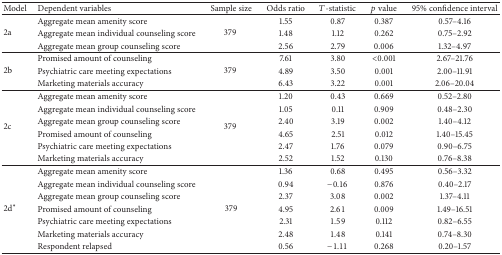
<table><thead><tr><td><b>Model</b></td><td><b>Dependent variables</b></td><td><b>Sample size</b></td><td><b>Odds ratio</b></td><td><b><i>T</i>-statistic</b></td><td><b><i>p</i> value</b></td><td><b>95% confidence interval</b></td></tr></thead><tbody><tr><td rowspan="3">2a </td><td>Aggregate mean amenity score</td><td rowspan="3">379 </td><td>1.55</td><td>0.87</td><td>0.387</td><td>0.57–4.16</td></tr><tr><td>Aggregate mean individual counseling score</td><td>1.48</td><td>1.12</td><td>0.262</td><td>0.75–2.92</td></tr><tr><td>Aggregate mean group counseling score</td><td>2.56</td><td>2.79</td><td>0.006</td><td>1.32–4.97</td></tr><tr><td rowspan="3">2b </td><td>Promised amount of counseling</td><td rowspan="3">379 </td><td>7.61</td><td>3.80</td><td>&lt;0.001</td><td>2.67–21.76</td></tr><tr><td>Psychiatric care meeting expectations</td><td>4.89</td><td>3.50</td><td>0.001</td><td>2.00–11.91</td></tr><tr><td>Marketing materials accuracy</td><td>6.43</td><td>3.22</td><td>0.001</td><td>2.06–20.04</td></tr><tr><td rowspan="6">2c </td><td>Aggregate mean amenity score</td><td rowspan="6">379 </td><td>1.20</td><td>0.43</td><td>0.669</td><td>0.52–2.80</td></tr><tr><td>Aggregate mean individual counseling score</td><td>1.05</td><td>0.11</td><td>0.909</td><td>0.48–2.30</td></tr><tr><td>Aggregate mean group counseling score</td><td>2.40</td><td>3.19</td><td>0.002</td><td>1.40–4.12</td></tr><tr><td>Promised amount of counseling</td><td>4.65</td><td>2.51</td><td>0.012</td><td>1.40–15.45</td></tr><tr><td>Psychiatric care meeting expectations</td><td>2.47</td><td>1.76</td><td>0.079</td><td>0.90–6.75</td></tr><tr><td>Marketing materials accuracy</td><td>2.52</td><td>1.52</td><td>0.130</td><td>0.76–8.38</td></tr><tr><td rowspan="7">2d<sup><i>∗</i></sup></td><td>Aggregate mean amenity score</td><td rowspan="7">379</td><td>1.36</td><td>0.68</td><td>0.495</td><td>0.56–3.32</td></tr><tr><td>Aggregate mean individual counseling score</td><td>0.94</td><td>−0.16</td><td>0.876</td><td>0.40–2.17</td></tr><tr><td>Aggregate mean group counseling score</td><td>2.37</td><td>3.08</td><td>0.002</td><td>1.37–4.11</td></tr><tr><td>Promised amount of counseling</td><td>4.95</td><td>2.61</td><td>0.009</td><td>1.49–16.51</td></tr><tr><td>Psychiatric care meeting expectations</td><td>2.31</td><td>1.59</td><td>0.112</td><td>0.82–6.55</td></tr><tr><td>Marketing materials accuracy</td><td>2.48</td><td>1.48</td><td>0.141</td><td>0.74–8.30</td></tr><tr><td>Respondent relapsed</td><td>0.56</td><td>−1.11</td><td>0.268</td><td>0.20–1.57</td></tr></tbody></table>